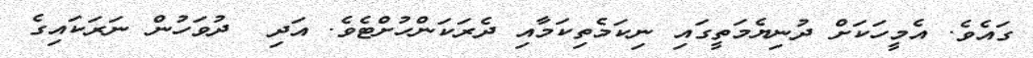
ގައެވެ. އެމީހަކަށް ދުނިޔެމަތީގައި ނިކަމެތިކަމާއި ދެރަކަންހުށްޓެވެ. އަދި  ދުވަހުން ނަރަކައިގެ